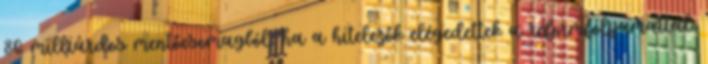
86 milliárdos mentőcsomagból, ha a hitelezők elégedettek a reformfolyamattal.